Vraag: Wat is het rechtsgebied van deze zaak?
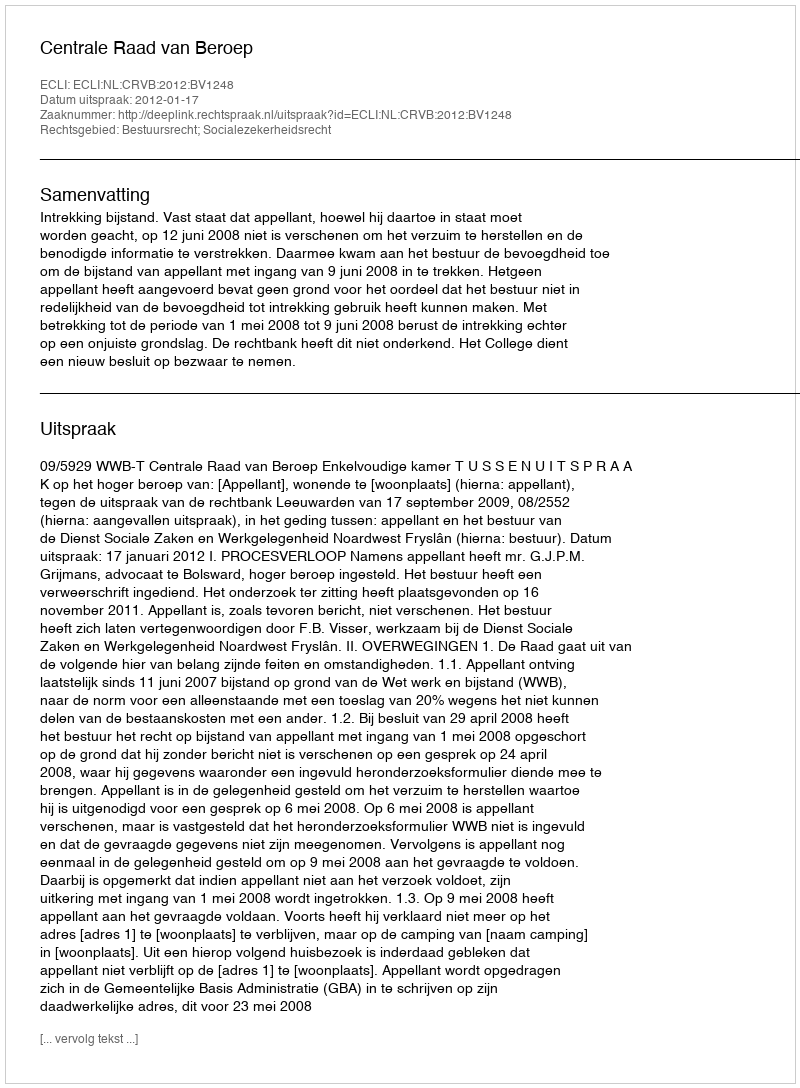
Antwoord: Bestuursrecht; Socialezekerheidsrecht